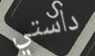
داستي